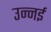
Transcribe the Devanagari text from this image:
उन्नई